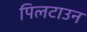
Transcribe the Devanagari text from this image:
पिलटाउन